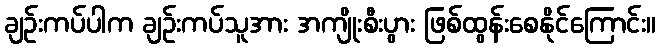
ချဉ်းကပ်ပါက ချဉ်းကပ်သူအား အကျိုးစီးပွား ဖြစ်ထွန်းစေနိုင်ကြောင်း။